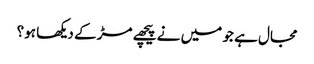
مجال ہے جو میں نے پیچھے مڑ کے دیکھا ہو؟